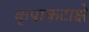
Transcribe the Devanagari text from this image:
कृपाकटाक्षे